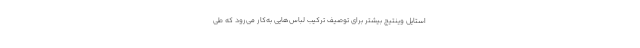
استایل وینتیج بیشتر برای توصیف ترکیب لباس‌هایی به‌کار می‌رود که طی